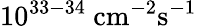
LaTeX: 10^{33-34}~\mathrm{{cm}^{-2}\mathrm{{s}^{-1}}}